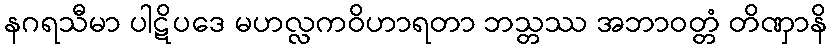
နဂရသီမာ ပါဋိပဒေ မဟလ္လကဝိဟာရတာ ဘသ္တဿ အဘာဝတ္တံ တိဏှာနိ